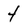
Character: 4